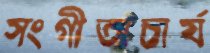
সংগীতাচার্য